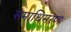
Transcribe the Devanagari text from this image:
समाधिमरण